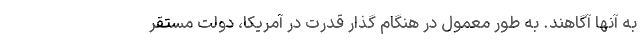
به آنها آگاهند. به طور معمول در هنگام گذار قدرت در آمریکا، دولت مستقر